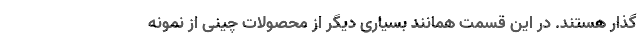
گذار هستند. در این قسمت همانند بسیاری دیگر از محصولات چینی از نمونه